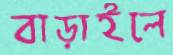
বাড়াইলে